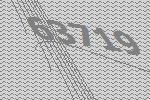
63719